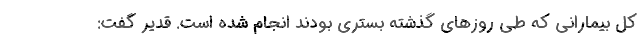
کل بیمارانی که طی روزهای گذشته بستری بودند انجام شده است. قدیر گفت: